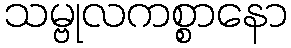
သမ္ဗုလကစ္စာနော